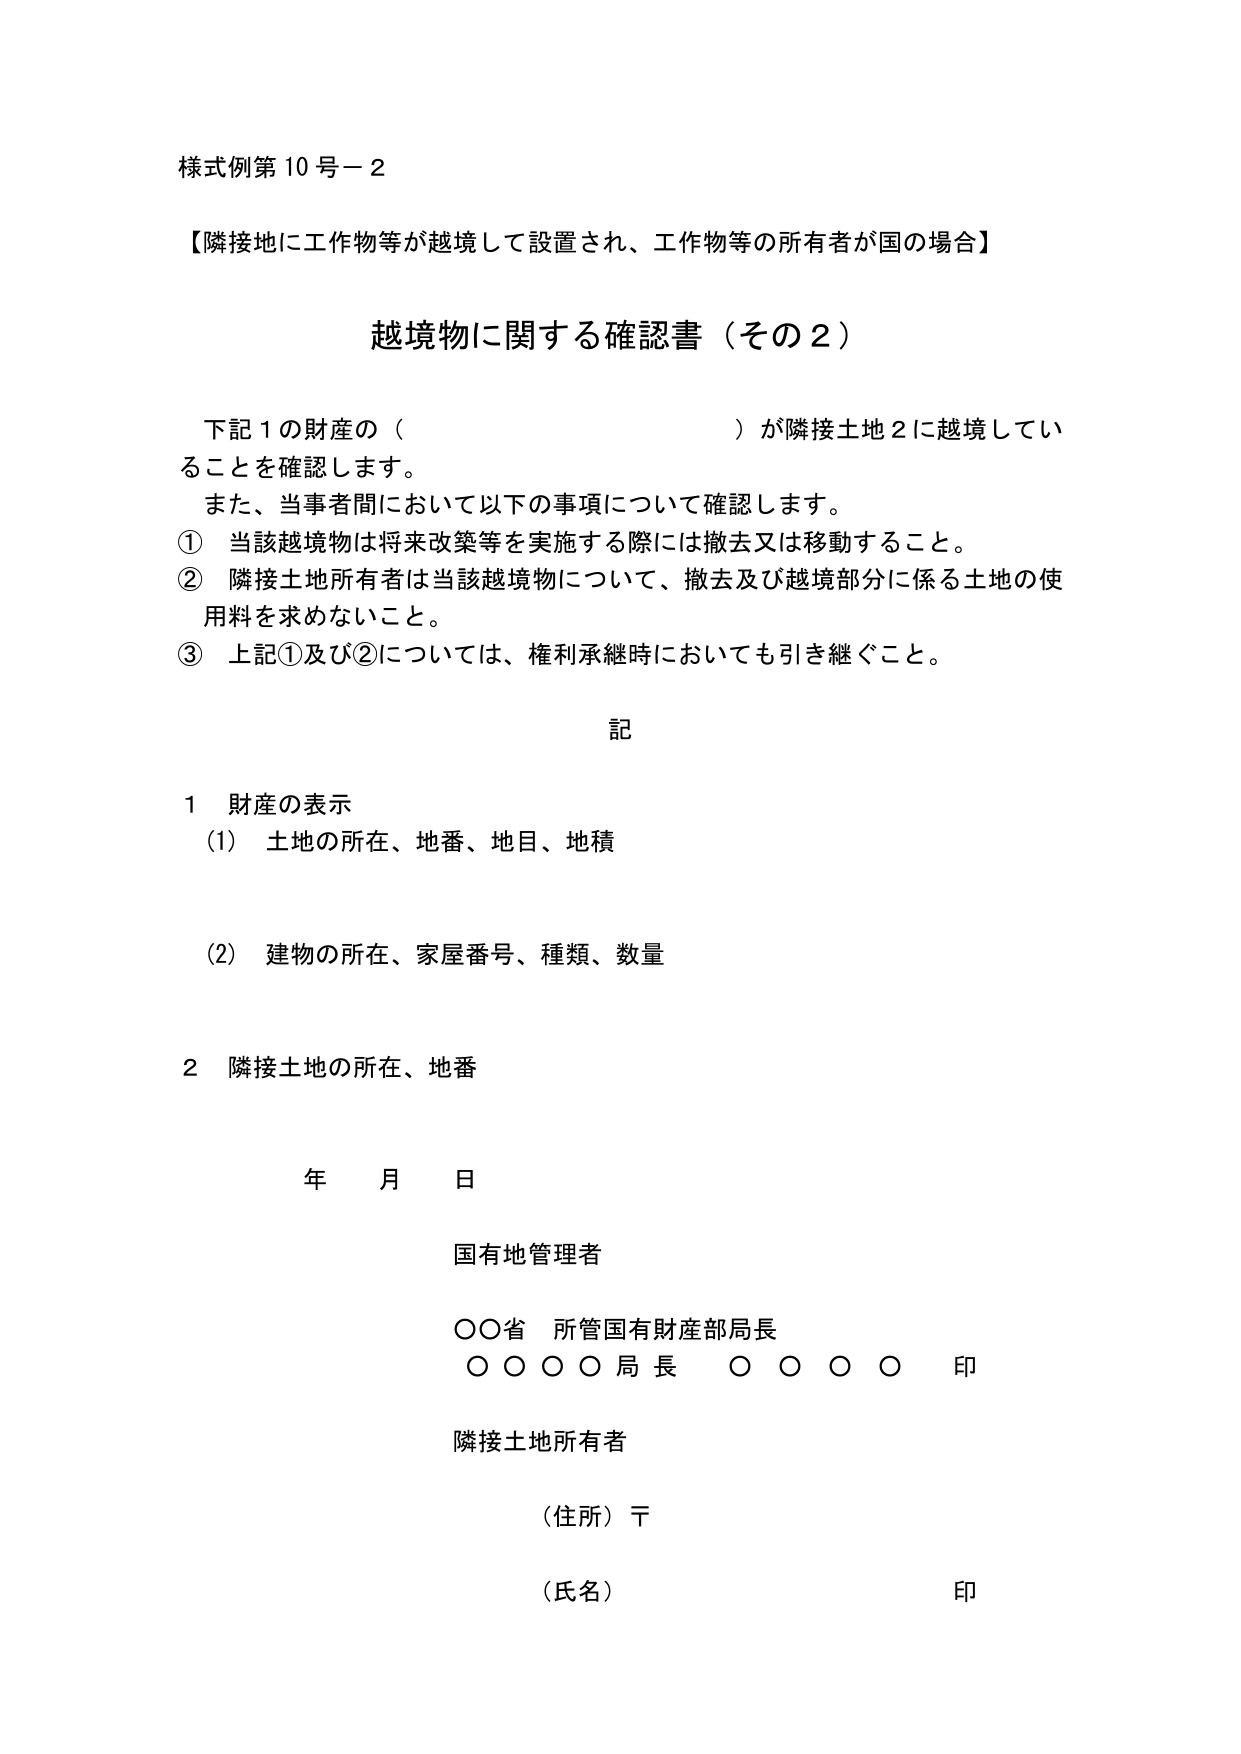
様式例第10号－2

【隣接地に工作物等が越境して設置され、工作物等の所有者が国の場合】

越境物に関する確認書（その2）

下記1の財産の（　　　　　　　　　　　　）が隣接土地2に越境していることを確認します。
また、当事者間において以下の事項について確認します。
① 当該越境物は将来改築等を実施する際には撤去又は移動すること。
② 隣接土地所有者は当該越境物について、撤去及び越境部分に係る土地の使用料を求めないこと。
③ 上記①及び②については、権利承継時においても引き継ぐこと。

記

1 財産の表示
（1）土地の所在、地番、地目、地積

（2）建物の所在、家屋番号、種類、数量

2 隣接土地の所在、地番

年　月　日

国有地管理者

○○省　所管国有財産部局長
○○○○局長　○○○○　印

隣接土地所有者

（住所）〒

（氏名）　　　　　　　　　　　　　　　印